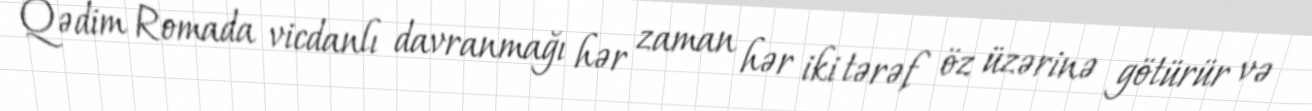
Qədim Romada vicdanlı davranmağı hər zaman hər iki tərəf öz üzərinə götürür və